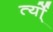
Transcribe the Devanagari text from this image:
र्त्यो्